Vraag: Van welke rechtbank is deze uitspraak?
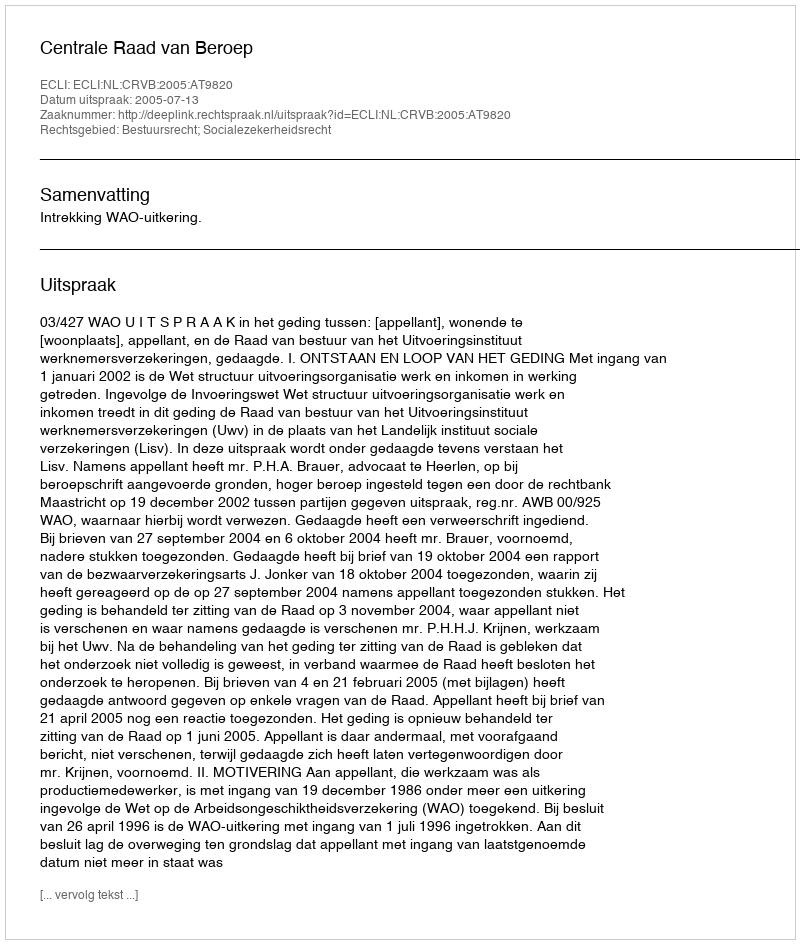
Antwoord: Centrale Raad van Beroep